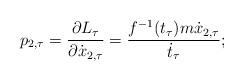
LaTeX: \begin{align*} p_{2,\tau} = \frac{\partial L_\tau}{\partial \dot{x}_{2,\tau}} = \frac{f^{-1}(t_\tau)m\dot{x}_{2,\tau}}{\dot{t}_\tau}; \end{align*}